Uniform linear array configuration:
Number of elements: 24
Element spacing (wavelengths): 1
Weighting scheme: hamming
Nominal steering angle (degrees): -60
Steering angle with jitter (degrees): -59.124
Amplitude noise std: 0.05
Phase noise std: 0.05

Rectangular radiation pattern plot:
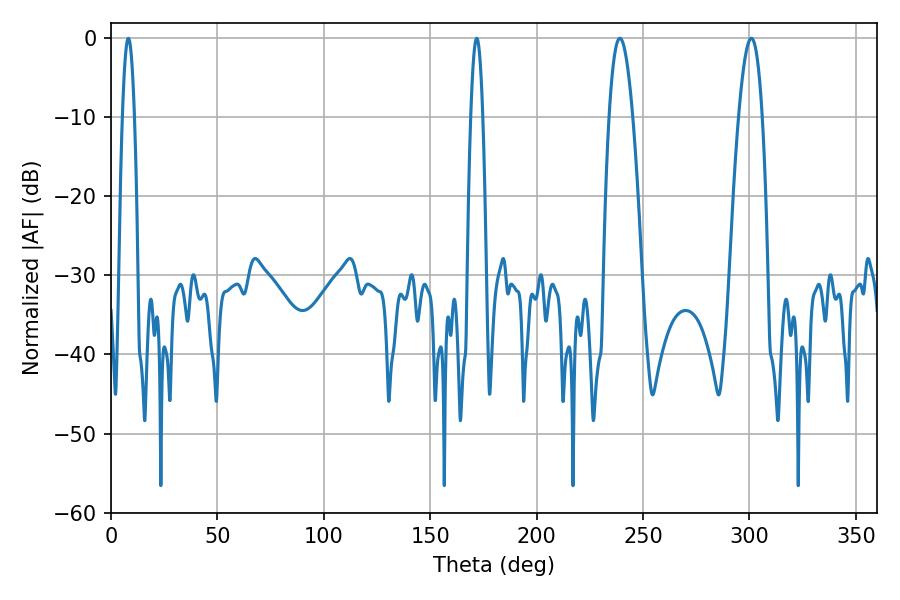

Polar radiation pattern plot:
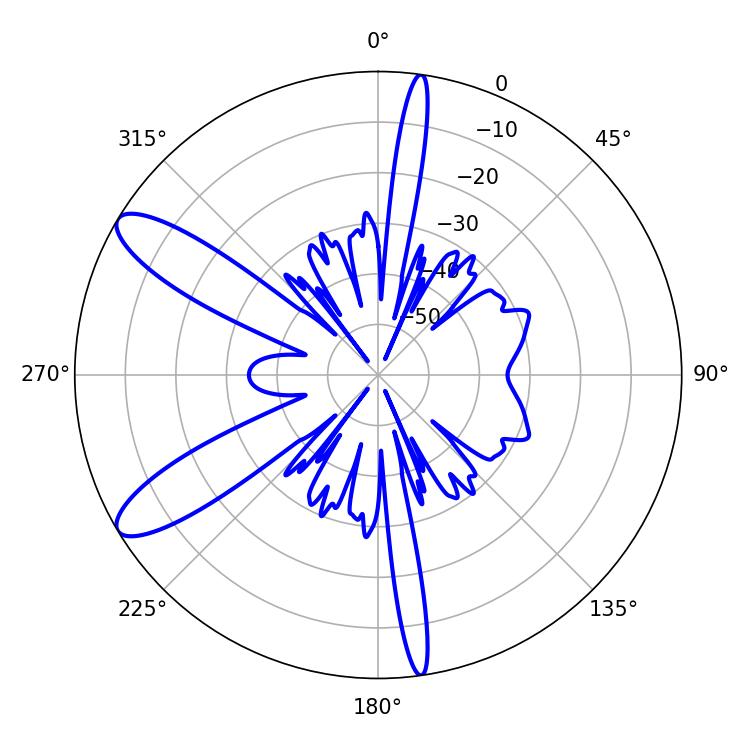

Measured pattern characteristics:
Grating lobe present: TRUE
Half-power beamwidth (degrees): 6.12
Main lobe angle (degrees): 239.04